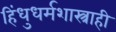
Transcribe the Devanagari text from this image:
हिंधुधर्मशास्त्राही